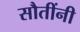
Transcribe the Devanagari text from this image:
सौतींनी